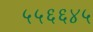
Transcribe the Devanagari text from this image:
५५६६४५